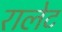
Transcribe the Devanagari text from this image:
रालेट